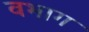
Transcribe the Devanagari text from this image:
वभाग